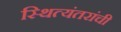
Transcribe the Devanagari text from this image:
स्थित्यंतरांची